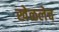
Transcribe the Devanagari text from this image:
खेळलेच